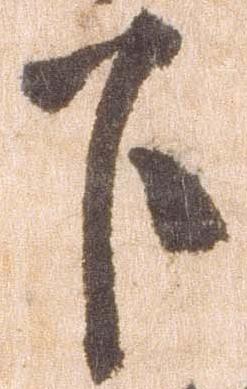
下